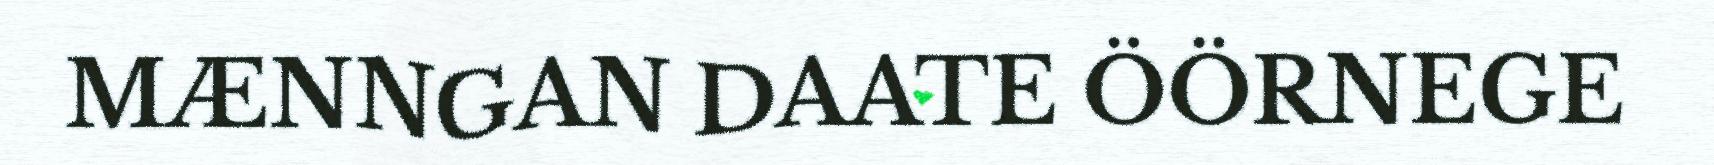
MÆNNGAN DAATE ÖÖRNEGE